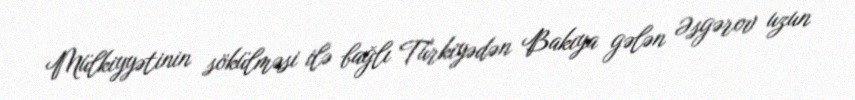
Mülkiyyətinin sökülməsi ilə bağlı Türkiyədən Bakıya gələn Əsgərov uzun